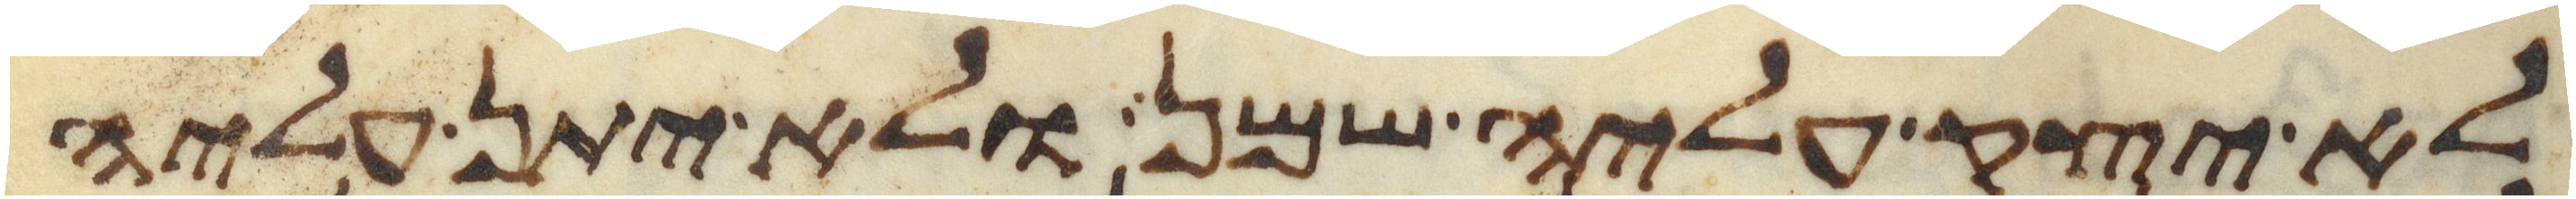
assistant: לא יצק עליה שמן ולא יתן עליה